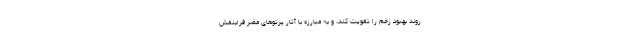
روند بهبود زخم را تقویت کند، و به مبارزه با آثار پرتوهای مضر فرابنفش